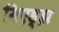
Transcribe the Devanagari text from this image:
मिएड्झ